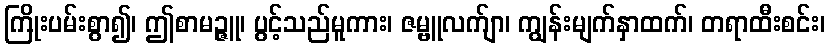
ကြိုးပမ်းစွာ၍၊ ဤစာမဉ္ဇူ၊ ပွင့်သည်မူကား၊ ဇမ္ဗူလက်ျာ၊ ကျွန်းမျက်နှာထက်၊ တရာထီးစင်း၊